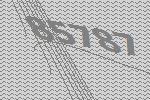
85787